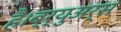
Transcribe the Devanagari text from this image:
है।ब्र्युअर्स